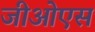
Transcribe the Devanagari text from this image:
जीओएस